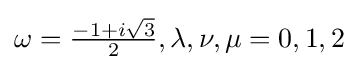
\omega ={\tfrac {-1+i{\sqrt {3}}}{2}},\lambda ,\nu ,\mu =0,1,2